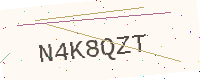
Text: N4K8QZT